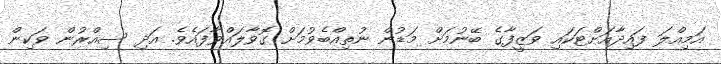
އަމިއްލަ ފައިދާއަށްޓަކައި ވަޒީފާގެ ބޭނުމަށް މަޑުން ނުތިއްބެވުމަށް ގޮވާލައްވާފައެވެ. އަދި ސިއްރުން ވަކިން